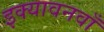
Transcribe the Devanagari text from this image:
इक्यावनवाँ